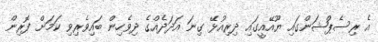
އެ ރިސެޕްޝަންގައި ޔޫއޭއީގައި ދިރިއުޅޭ ގިނަ އަދަދެއްގެ ދިވެހިން ބައިވެރިވި ކަމަށް ފޮރިން